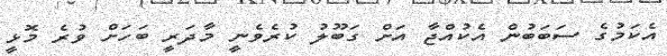
އެކަމުގެ ސަބަބުން އެކުއްޖާ އަށް ގަބޫލު ކުރެވެނީ މާދަރީ ބަހަށް ވުރެ މޮޅީ